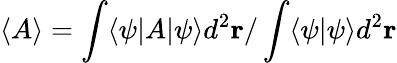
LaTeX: \langle A\rangle=\int\langle\psi|A|\psi\rangle d^{2}\mathbf{r}/\int\langle\psi|\psi\rangle d^{2}\mathbf{r}